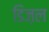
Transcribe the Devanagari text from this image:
डिज़ल